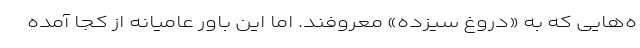
ه‌هایی که به «دروغ سیزده» معروفند. اما این باور عامیانه از کجا آمده